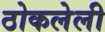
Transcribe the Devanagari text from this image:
ठोकलेली